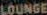
LOUNGE